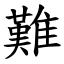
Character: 難